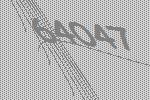
64047